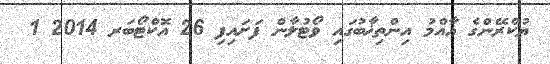
ޔުކްރޭންގެ އާއްމު އިންތިޚާބުގައި ވޯޓުލާން ފަށައިފި 26 އޮކްޓޯބަރ 2014 1